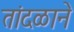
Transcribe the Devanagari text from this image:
तांदळाने